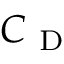
C _ { \mathrm { ~ D ~ } }